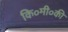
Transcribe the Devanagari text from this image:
कि०मी०की